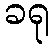
ခရု